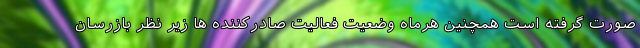
صورت گرفته است همچنین هرماه وضعیت فعالیت صادرکننده ها زیر نظر بازرسان